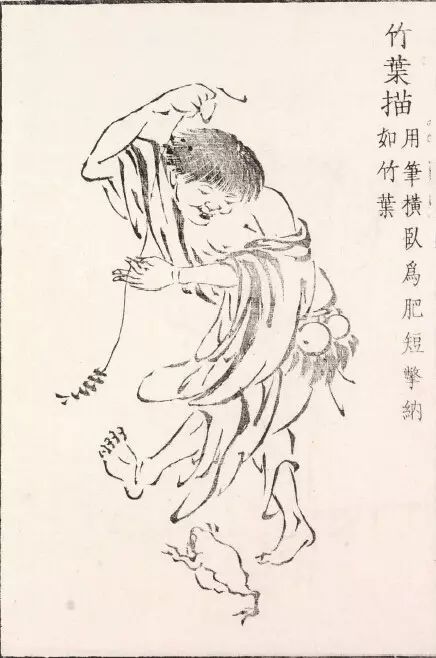
慧者心辩而不繁说，多力而不伐功，此以名誉扬天下。